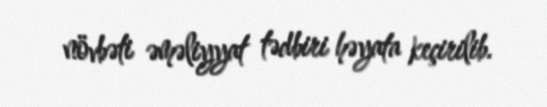
növbəti əməliyyat tədbiri həyata keçirilib.